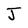
Character: J